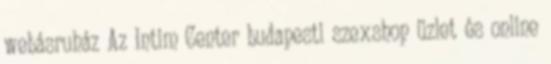
webásruház Az Intim Center budapesti szexshop üzlet és online